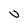
Character: U